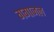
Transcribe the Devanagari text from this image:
गगाजल